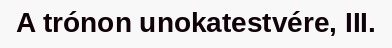
A trónon unokatestvére, III.